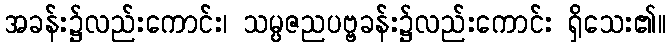
အခန်း၌လည်းကောင်း၊ သမ္ပဇညပဗ္ဗခန်း၌လည်းကောင်း ရှိသေး၏။